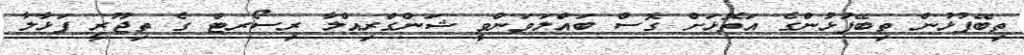
ތިބޭފުޅުން ތިބޭފުޅުންގެ އަތޮޅަށް ގޮސް ބައްލަވަންވީ ޝަންގްރިއްލާ ރިސޯރޓް ގެ ތިޖޫރީ ފަޅާލާ